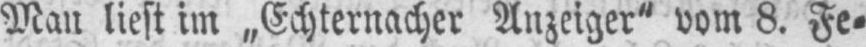
Man liest im „Echternacher Anzeiger“ vom 8. Fe⸗